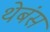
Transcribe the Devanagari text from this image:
थेबंस